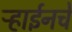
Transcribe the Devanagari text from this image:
ऱ्हाईनचे